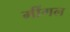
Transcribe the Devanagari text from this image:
मींगल